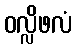
ဝလ္လိဖလံ